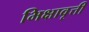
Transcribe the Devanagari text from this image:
भिक्षावृत्ती